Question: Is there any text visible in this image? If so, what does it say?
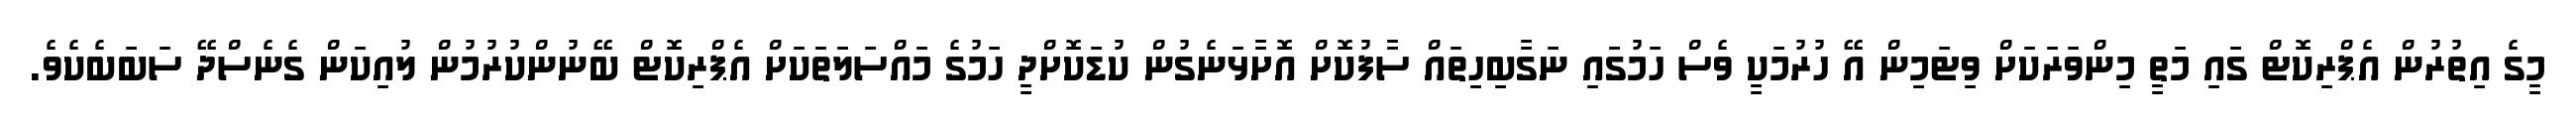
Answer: މީގެ އިތުރުން އެޕްރިކޮޓް ގައި މަތީ މިންވަރަކަށް ވިޓަމިން އޭ ހުރުމަކީ ވެސް ހަމުގައި ނަގާބިހިތައް ސާފުކޮށް އޮށާޅަނެގުން ކުޑަކޮށްދީ ހަމުގެ މައްސަލަތަކަށް އެޕްރިކޮޓް ބޭނުންކުރުމުން ލުއިކަން ގެނެސްދޭ ސަބަބެކެވެ.